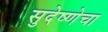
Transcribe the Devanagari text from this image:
सुदेष्णेचा